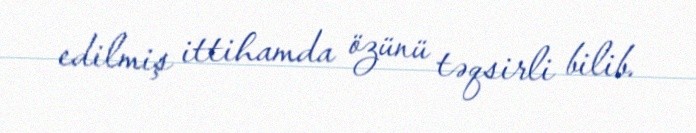
edilmiş ittihamda özünü təqsirli bilib.